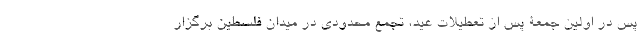
پس در اولین جمعۀ پس از تعطیلات عید، تجمع محدودی در میدان فلسطین برگزار